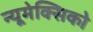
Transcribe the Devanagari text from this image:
न्यूमेक्सिको